Indian Civil Veterinary Department memoirs
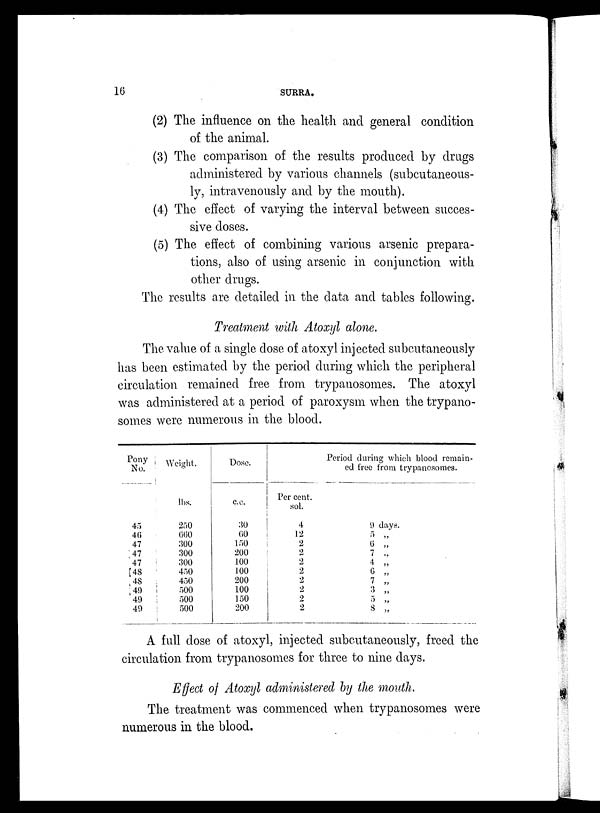
16
SURRA.
(2) The influence on the health and general condition
of the animal.
(3) The comparison of the results produced by drugs
administered by various channels (subcutaneous-
ly, intravenously and by the mouth).
(4) The effect of varying the interval between succes-
sive doses.
(5) The effect of combining various arsenic prepara-
tions, also of using arsenic in conjunction with
other drugs.
The results are detailed in the data and tables following.
Treatment with Atoxyl alone.
The value of a single dose of atoxyl injected subcutaneously
has been estimated by the period during which the peripheral
circulation remained free from trypanosomes. The atoxyl
was administered at a period of paroxysm when the trypano-
somes were numerous in the blood.
Pony
No.
45
46
47
47
47
48
48
49
49
49
Weight.
lbs.
250
660
300
300
300
450
450
500
500
500
Dose.
c.c.
30
60
150
200
100
100
200
100
150
200
Per cent.
sol.
4
12
2
2
2
2
2
2
2
2
Period during which blood remain-
ed tree from trypanosomes.
9 days.
5
„
6 „
7 „
4 „
6 „
7 „
3 „
5 „
8 „
A full dose of atoxyl, injected subcutaneously, freed the
circulation from trypanosomes for three to nine days.
Effect of Atoxyl administered by the mouth.
The treatment was commenced when trypanosomes were
numerous in the blood.